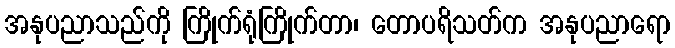
အနုပညာသည်ကို ကြိုက်ရုံကြိုက်တာ၊ တောပရိသတ်က အနုပညာရော